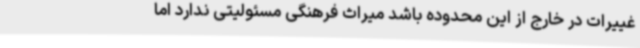
غییرات در خارج از این محدوده باشد میراث فرهنگی مسئولیتی ندارد اما